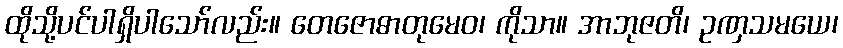
ထိုသို့ပင်ပါရှိပါသော်လည်း။ တေဇောဓာတုမေဝ၊ ကိုသာ။ အာဘုဇတိ၊ ဥဏှသမယေ၊